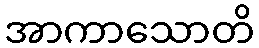
အာကာသောတိ